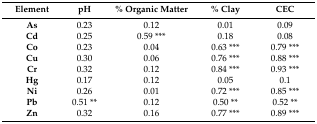
| Element | pH | % Organic Matter | % Clay | CEC |
 | --- | --- | --- | --- | --- |
 | As | 0.23 | 0.12 | 0.01 | 0.09 |
 | Cd | 0.25 | 0.59 *** | 0.18 | 0.08 |
 | Co | 0.23 | 0.04 | 0.63 *** | 0.79 *** |
 | Cu | 0.30 | 0.06 | 0.76 *** | 0.88 *** |
 | Cr | 0.32 | 0.12 | 0.84 *** | 0.93 *** |
 | Hg | 0.17 | 0.12 | 0.05 | 0.1 |
 | Ni | 0.26 | 0.01 | 0.72 *** | 0.85 *** |
 | Pb | 0.51 ** | 0.12 | 0.50 ** | 0.52 ** |
 | Zn | 0.32 | 0.16 | 0.77 *** | 0.89 *** |